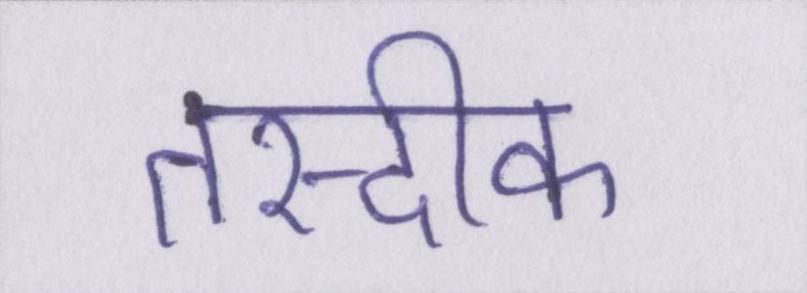
तस्दीक